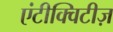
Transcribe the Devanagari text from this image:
एंटीक्विटीज़